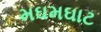
મઘમઘાટ